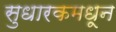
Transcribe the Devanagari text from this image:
सुधारकमधून